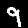
Label: 9